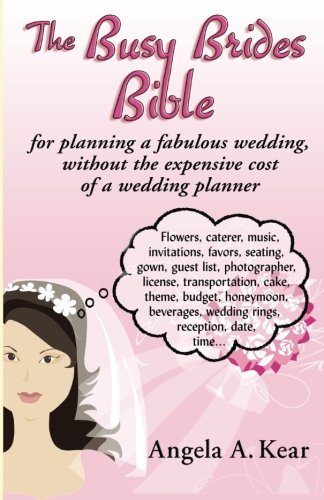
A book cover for The Busy Brides Bible for Planning a Fabulous Wedding Without the Expensive Cost of a Wedding Planner; Angela A. Kear; Crafts, Hobbies & Home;